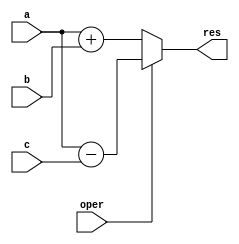
`timescale 1ns / 1ps
module resource_sharing(a, b, c, oper, res);
	input        oper;
	input  [7:0] a;
	input  [7:0] b;
	input  [7:0] c;
	output [7:0] res;
	reg    [7:0] res;
	always @(a or b or c or oper)
	begin
	   if (oper == 1'b0)
	      res = a + b;
	   else
	      res = a - c;
	end
        endmodule